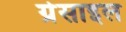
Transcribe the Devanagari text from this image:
ग्रेसाइल